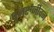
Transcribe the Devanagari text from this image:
पुनर्रुजीवन